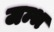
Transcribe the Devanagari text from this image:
जम्भ